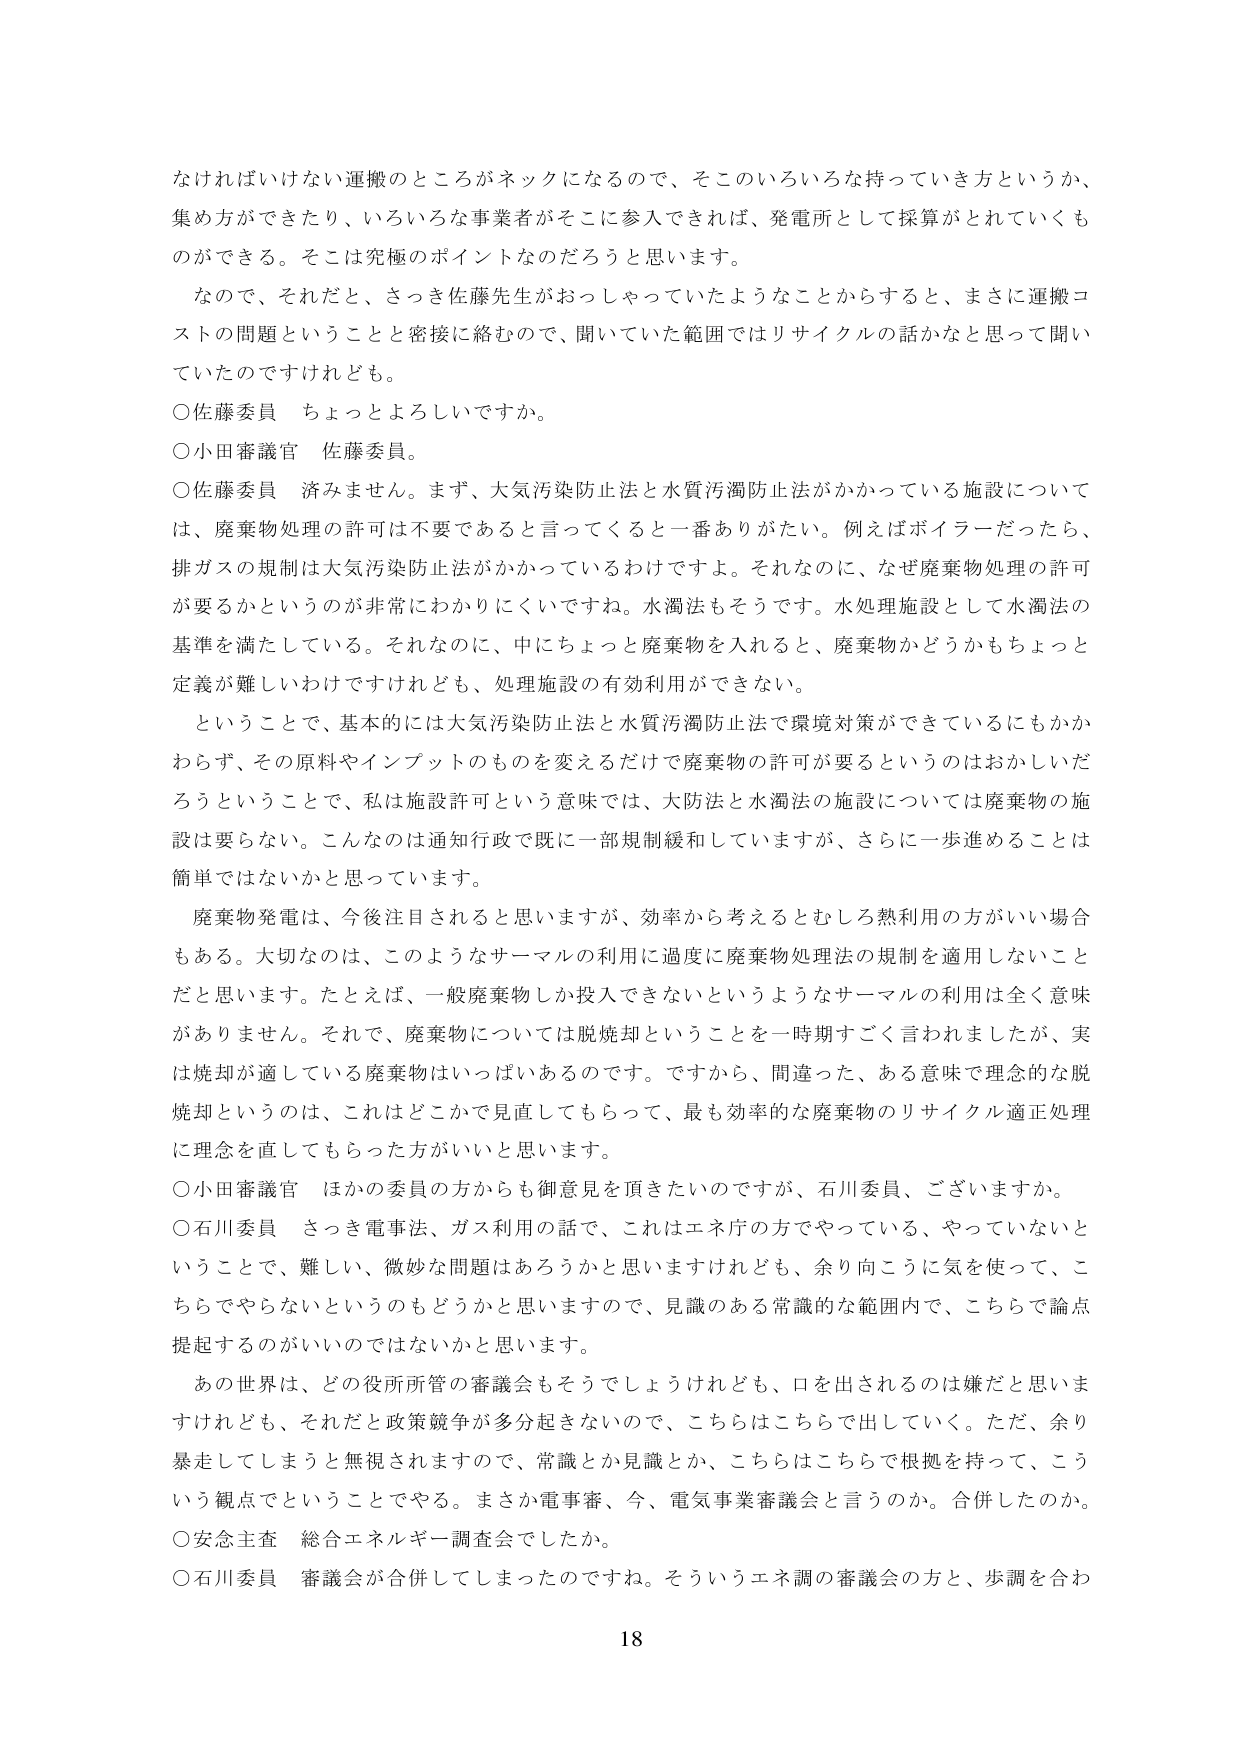
なければいけない運搬のところがネックになるので、そこ的一ろいろな持っている方というか、
集め方ができたり、いろいろな事業者がそこに参入できれば、発電所として採算がとれていくも
のができる。そこは究極のポイントなのだろうと思います。
なので、それだと、さっき佐藤先生がおっしゃっていたようなことからすると、まさに運搬コ
ストの問題ということと密接に絡むので、聞いていた範囲ではリサイクルの話かなと思って聞い
ていたのですけれども。
〇佐藤委員 ちょっとよろしいですか。
〇小田審議官 佐藤委員。
〇佐藤委員 済みません。まず、大気汚染防止法と水質汚濁防止法がかかっている施設について
は、廃棄物処理の許可は不要であると言ってくると一番ありがたい。例えばボイラーだったら、
排ガスの規制は大気汚染防止法がかかっているわけですよ。それなのに、なぜ廃棄物処理の許可
が要るかというのが非常にわかりにくいですね。水濁法もそうです。水処理施設として水濁法の
基準を満たしている。それなのに、中にちょっと廃棄物を入れると、廃棄物かどうかもちょっと
定義が難しいわけですがけれども、処理施設の有効利用ができない。
ということで、基本的には大気汚染防止法と水質汚濁防止法で環境対策ができているにもかか
わらず、その原料やインプットのものを変えるだけで廃棄物の許可が要るというのはおかしいだ
ろうということで、私は施設許可という意味では、大防法と水濁法の施設については廃棄物の施
設は要らない。こんなのは通知行政で既に一部規制緩和していますが、さらに一歩進めることは
簡単ではないかと思っています。
廃棄物発電は、今後注目されると思いますが、効率から考えるとむしろ熱利用の方がいい場合
もある。大切なのは、このようなサーマルの利用に過度に廃棄物処理法の規制を適用しないこと
だと思います。たとえば、一般廃棄物しか投入できないというようなサーマルの利用は全く意味
がありません。それで、廃棄物については脱焼却ということを一時期すごく言われましたが、実
は焼却が適している廃棄物はいっぱいあるのです。ですから、間違った、ある意味で理念的な脱
焼却というのは、これはどこかで見直してもらって、最も効率的な廃棄物のリサイクル適正処理
に理念を直してもらった方がいいと思います。
〇小田審議官 ほかの委員の方からも御意見を頂きたいのですが、石川委員、ございますか。
〇石川委員 さっき電事法、ガス利用の話で、これはエネ庁の方でやっている、やっていないと
いうことで、難しい、微妙な問題はあろうかと思いますけれども、余り向こうに気を使って、こ
ちらでやらないというのもどうかと思いますので、見識のある常識的な範囲内で、こちらで論点
提起するのがいいのではないかと思います。
あの世界は、どの役所所管の審議会もそうでしょうけれども、口を出されるのは嫌だと思いま
すけれども、それだと政策競争が多分起きないので、こちらはこちらで出していく。ただ、余り
暴走してしまうと無視されますので、常識とか見識とか、こちらはこちらで根拠を持って、こう
いう観点でということでやる。まさか電事審、今、電気事業審議会と言うのか。合併したのか。
〇安念主査 総合エネルギー調査会でしたか。
〇石川委員 審議会が合併してしまったのですね。そういうエネ調の審議会の方と、歩調を合わ
18